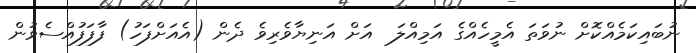
ނުބައިކަމެއްކޮށް ނުވަތަ އެމީހެއްގެ އަމިއްލަ  އަށް އަނިޔާވެރިވެ ދެން (އެއަށްފަހު) ފާފަފުއްސެވުން